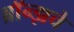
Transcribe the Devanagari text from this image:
ब्राॅन्झचे